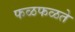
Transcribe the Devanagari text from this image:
फळफळते